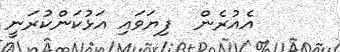
އެއުރެން  ފިޔަވައި އަޅުކަންކުރަނީ